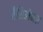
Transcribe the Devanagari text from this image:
नैसिओनल